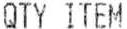
QTY ITEM